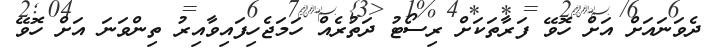
ދެވަނައަށް އަށް ހޮވޭ ފަރާތަކަށް ރިސޯޓު ދަތުރެއް ހަމަޖެހިފައިވާއިރު ތިންވަނަ އަށް ހޮވޭ